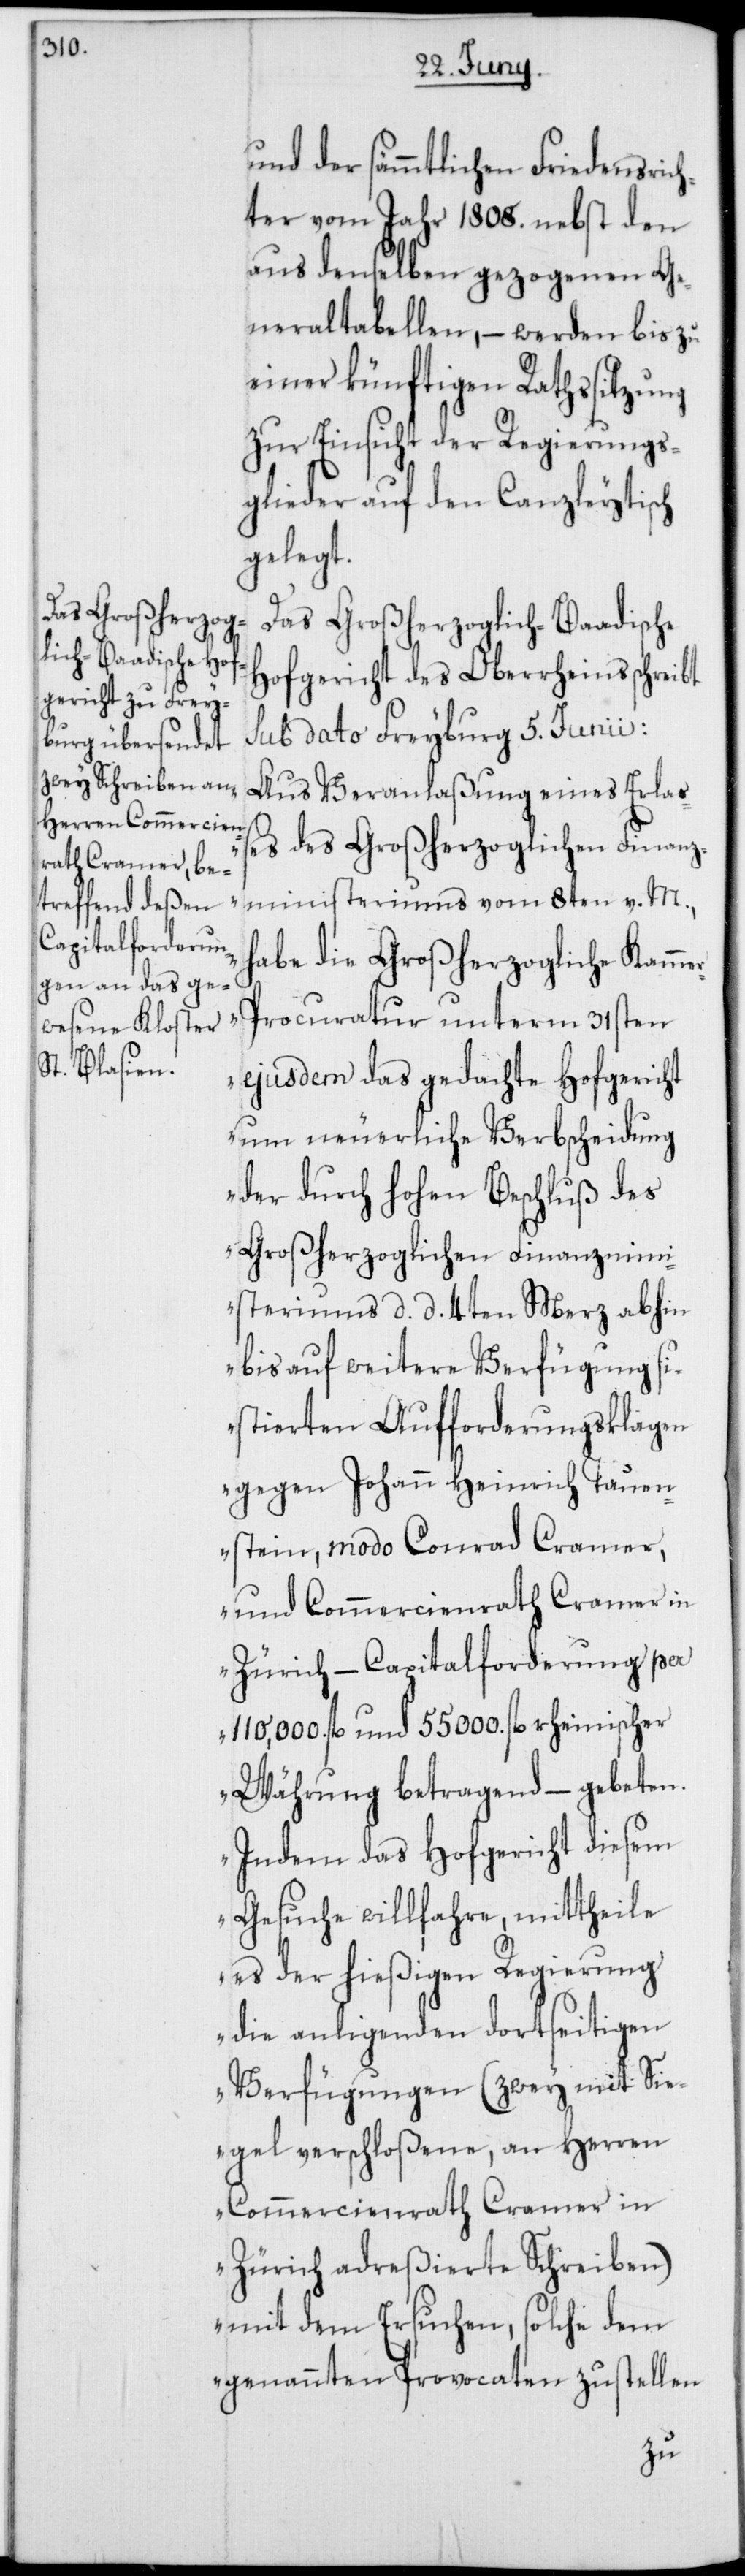
und der sämmtlichen Friedensrich¬
ter vom Jahr 1808. nebst den
aus denselben gezogenen Ge¬
neraltabellen, – werden bis zu
einer künftigen Rathssitzung
zur Einsicht der Regierungs¬
glieder auf den Canzleytisch
gelegt.
Das Großherzoglich-Baadische
Hofgericht des Oberrheins schreibt
sub dato Freyburg 5ten Junii:
„Aus Veranlaßung eines Erla¬
ßes des Großherzoglichen Finanz¬
ministeriums vom 8ten v. M.,
habe die Großherzogliche Kamme¬
r-Procuratur unterm 31sten
ejusdem das gedachte Hofgericht
um neuerliche Verbscheidung
der durch hohen Beschluß des
Großherzoglichen Finanzmini¬
steriums, d. d. 4ten Merz abhin
bis auf weitere Verfügung s¬
istierten Aufforderungsklagen
gegen Johann Heinrich Tauen¬
stein, modo Conrad Cramer,
und Commercienrath Cramer in
Zürich – Capitalforderung per
110,000 fl. und 55 000 fl. rheinischer
Währung betragend – gebeten.
Indem das Hofgericht diesem
Gesuche willfahre, mittheile
es der hießigen Regierung
die anligenden dortseitigen
Verfügungen (zwey mit Sie¬
gel verschloßene, an Herren
Commercienrath Cramer in
Zürich adreßierte Schreiben)
mit dem Ersuchen, solche dem
genannten Provocaten zustellen